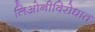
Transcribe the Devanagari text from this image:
लिओनीविरोधात